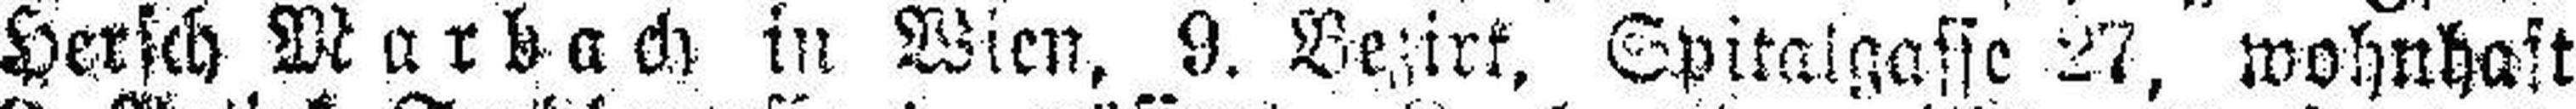
Hersch Marback in Wien, 9. Bezirk, Spitalgasse 27, wohnhaft